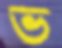
ভ